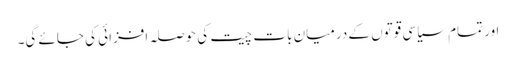
اور تمام سیاسی قوتوں کے درمیان بات چیت کی حوصلہ افزائی کی جائے گی۔